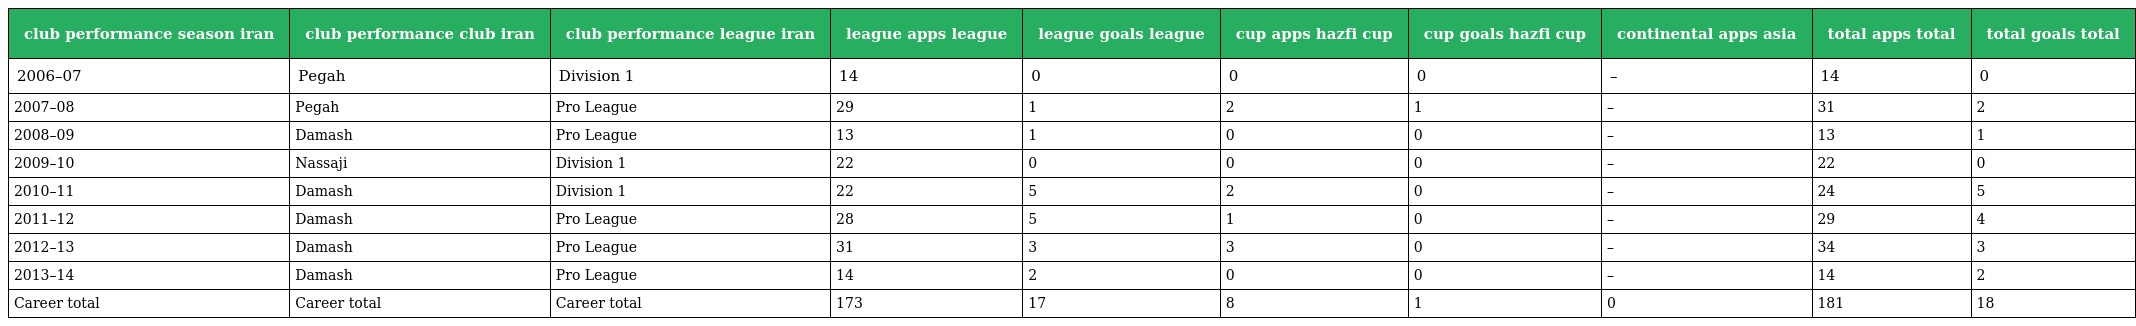
| club performance season iran | club performance club iran | club performance league iran | league apps league | league goals league | cup apps hazfi cup | cup goals hazfi cup | continental apps asia | total apps total | total goals total |
 | --- | --- | --- | --- | --- | --- | --- | --- | --- | --- |
 | 2006–07 | Pegah | Division 1 | 14 | 0 | 0 | 0 | – | 14 | 0 |
 | 2007–08 | Pegah | Pro League | 29 | 1 | 2 | 1 | – | 31 | 2 |
 | 2008–09 | Damash | Pro League | 13 | 1 | 0 | 0 | – | 13 | 1 |
 | 2009–10 | Nassaji | Division 1 | 22 | 0 | 0 | 0 | – | 22 | 0 |
 | 2010–11 | Damash | Division 1 | 22 | 5 | 2 | 0 | – | 24 | 5 |
 | 2011–12 | Damash | Pro League | 28 | 5 | 1 | 0 | – | 29 | 4 |
 | 2012–13 | Damash | Pro League | 31 | 3 | 3 | 0 | – | 34 | 3 |
 | 2013–14 | Damash | Pro League | 14 | 2 | 0 | 0 | – | 14 | 2 |
 | Career total | Career total | Career total | 173 | 17 | 8 | 1 | 0 | 181 | 18 |